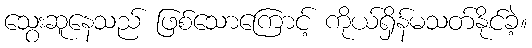
သွေးဆူနေသည် ဖြစ်သောကြောင့် ကိုယ်ရှိန်မသတ်နိုင်ခဲ့။